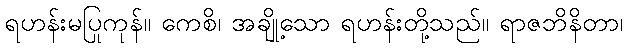
ရဟန်းမပြုကုန်။ ကေစိ၊ အချို့သော ရဟန်းတို့သည်။ ရာဇဘိနိတာ၊